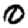
Digit: 0